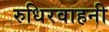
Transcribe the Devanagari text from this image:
रुधिरवाहनी